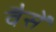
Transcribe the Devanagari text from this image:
वैसें